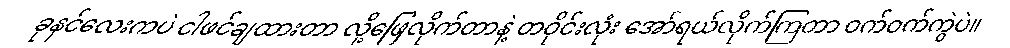
ခုနင်လေးကပဲ ငါဖင်ချထားတာ လို့ဖြေလိုက်တာနဲ့ တဝိုင်းလုံး အော်ရယ်လိုက်ကြတာ ဝက်ဝက်ကွဲပဲ။